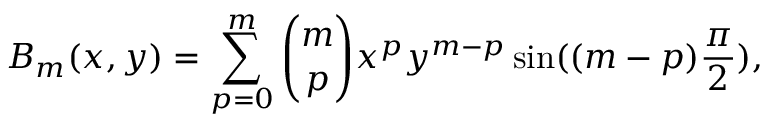
B _ { m } ( x , y ) = \sum _ { p = 0 } ^ { m } { \binom { m } { p } } x ^ { p } y ^ { m - p } \sin ( ( m - p ) { \frac { \pi } { 2 } } ) ,